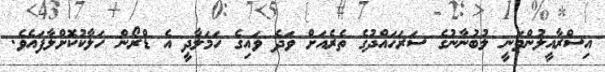
އިސްރާއީލުންވަނީ ލުބުނާނުގެ ސަރަހައްދުގެ ތެރެއަށް ވަދެ ވައިގެ ހަމަލާދީ އެ ޑްރޯން ހަލާކުކޮށްލާފައެވެ.